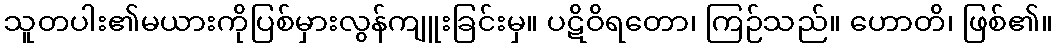
သူတပါး၏မယားကိုပြစ်မှားလွန်ကျူးခြင်းမှ။ ပဋိဝိရတော၊ ကြဉ်သည်။ ဟောတိ၊ ဖြစ်၏။